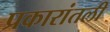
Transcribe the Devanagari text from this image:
प्रकारांतली